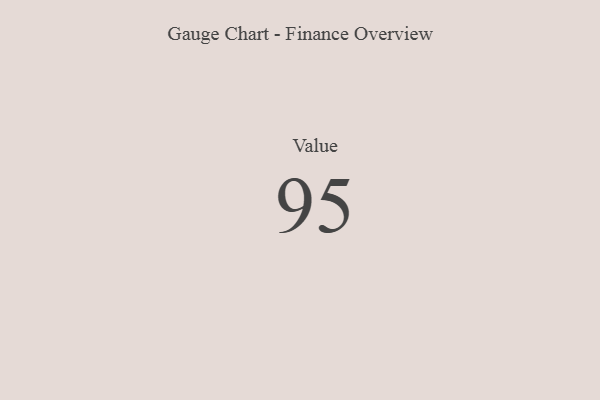
{"axis": {"x": "Metric", "y": "Value"}, "legend": [""], "data": [{"x": "Value", "y": 95, "type": ""}]}